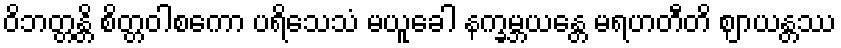
ဝိဘတ္တန္တိ စိတ္တဝါစကော ပရိသေသံ မယူခေါ နက္ခမ္ဘယန္တေ မရဟတီတိ ဈာယန္တဿ